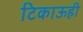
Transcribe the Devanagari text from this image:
टिकाऊही